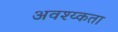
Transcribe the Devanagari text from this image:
अवश्य्कता